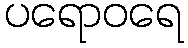
ပရောဝရေ